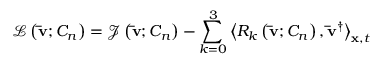
\mathcal { L } \left( { { \bf { \bar { v } } } ; { C _ { n } } } \right) = { \mathcal J } \left( { { \bf { \bar { v } } } ; { C _ { n } } } \right) - \sum _ { k = 0 } ^ { 3 } { { { \left\langle { { R _ { k } } \left( { { \bf { \bar { v } } } ; { C _ { n } } } \right) , { { { \bf { \bar { v } } } } ^ { \dag } } } \right\rangle } _ { { \bf { x } } , t } } }